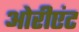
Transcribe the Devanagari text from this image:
ओरीएंट